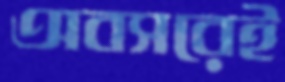
অবসরেই